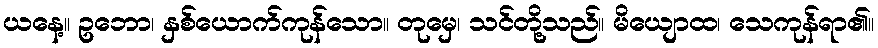
ယနေ့။ ဥဘော၊ နှစ်ယောက်ကုန်သော။ တုမှေ၊ သင်တို့သည်။ မိယျောထ၊ သေကုန်ရာ၏။